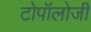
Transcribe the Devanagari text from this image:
टोपॉलोजी